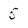
Character: 5